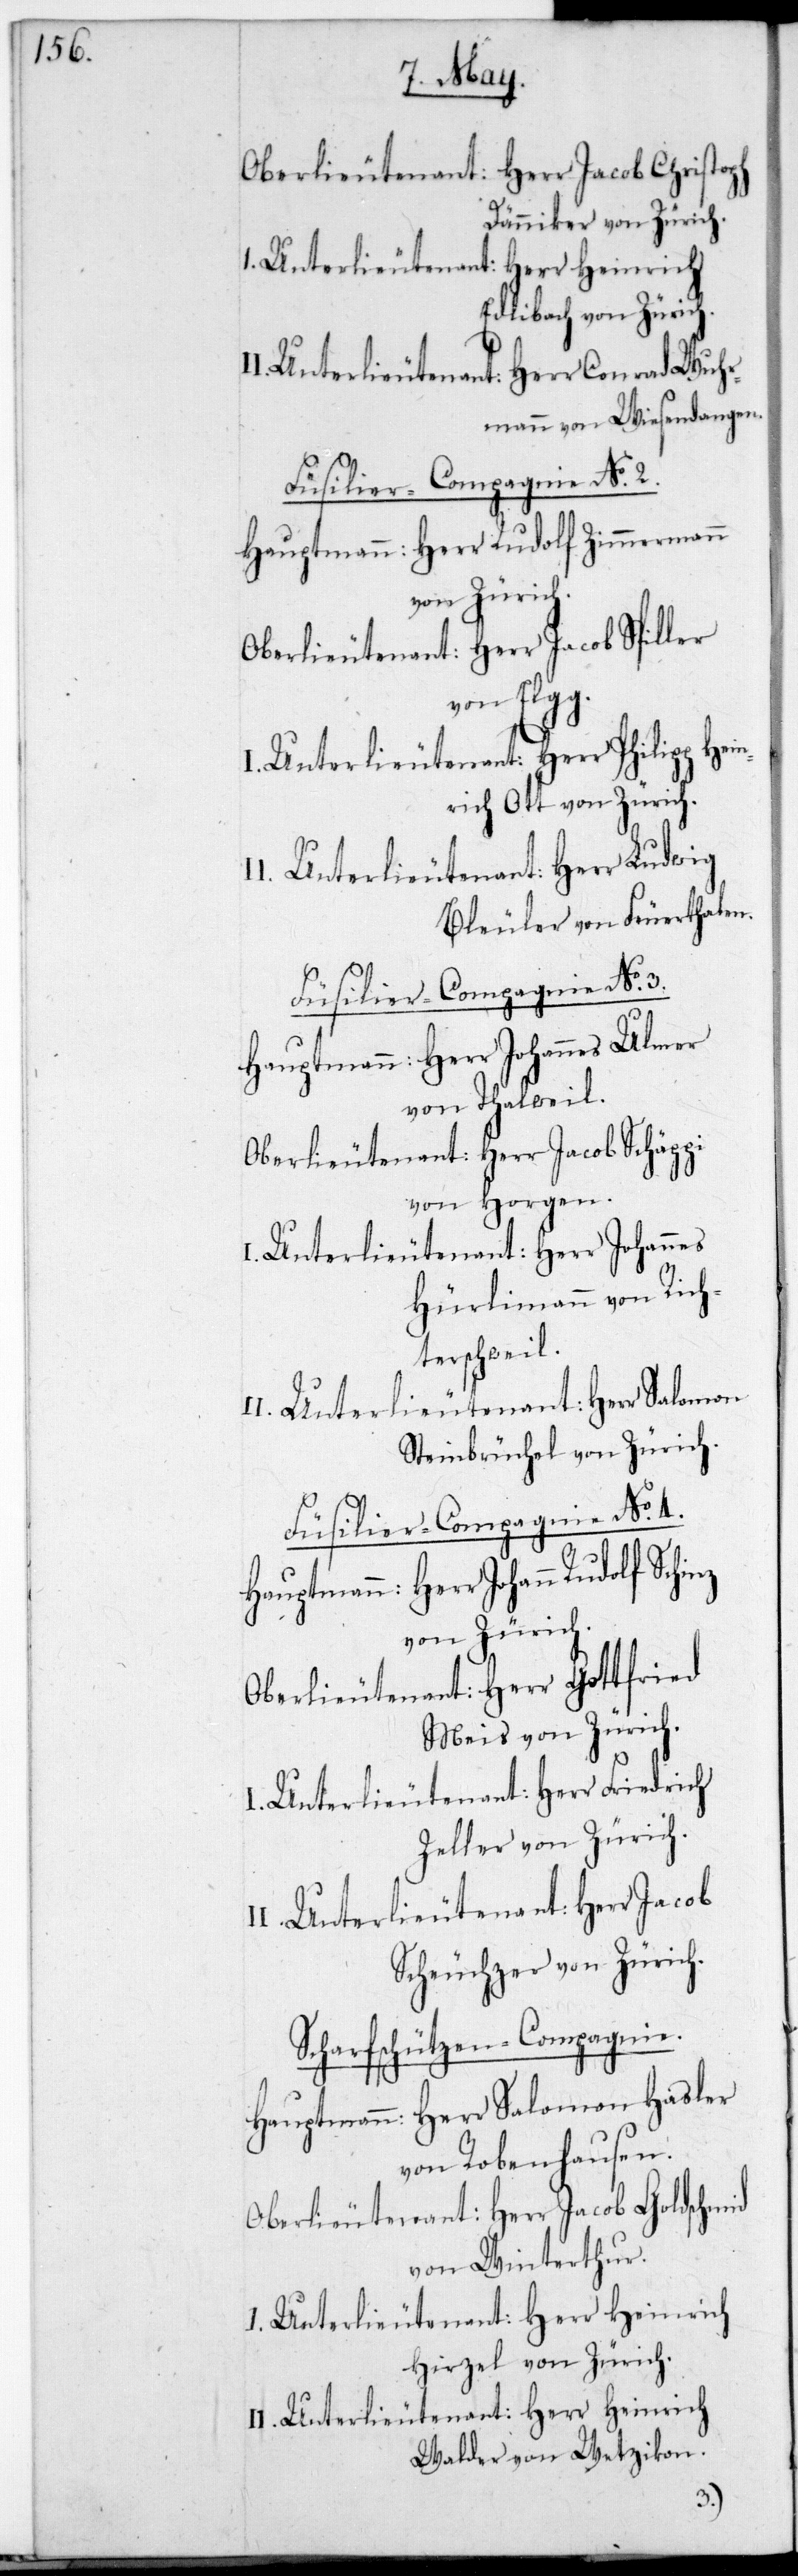
Oberlieutenant: Herr Jacob Christoph
Dänniker von Zürich.
Unterlieutenant Herr Heinrich
Edlibach von Zürich.
Unterlieutenant: Herr Conrad Wuhr¬
mann von Wiesendangen.
Füsilier-Compagnie No. 2.
Hauptmann: Herr Rudolf Zimmermann
von Zürich.
Oberlieutenant: Herr Jacob Spiller
von Elgg.
Unterlieutenant: Herr Jacob
nrich Ott von Zürich.
I. Unterlieutenant: Herr Ludwig
Bleuler von Feuerthalen.
Hauptmann: Herr Johannes Rudolf
von Thalweil.
Oberlieutenant: Herr Jacob Schäppi
von Horgen.
Unterlieutenant: Herr Johannes
Hürlimann von Rich¬
terschweil.
Steinbrüchel von Zürich.
Füsilier-Compagnie No. 4.
von Zürich.
Oberlieutenant: Herr Gottfried
Meis von Zürich.
Unterlieutenant: Herr Friedrich
Zeller von Zürich.
Scheuchzer von Zürich.
Scharfschützen-Compagnie.
Hauptmann: Herr Salomon Hasler
von Robenhausen.
Oberlieutenant: Herr Jacob Goldschmid
von Winterthur.
I. Unterlieutenant Herr Heinrich
Hirzel von Zürich.
I. Unterlieutenant: Herr Heinrich
Walder von Wetzikon.
3.